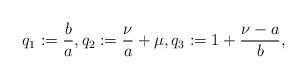
LaTeX: \begin{align*}q_1:=\frac{b}{a},q_2:=\frac{\nu}{a}+\mu,q_3:= 1+\frac{\nu-a}{b},\end{align*}